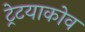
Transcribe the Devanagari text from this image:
ट्रेटयाकोव